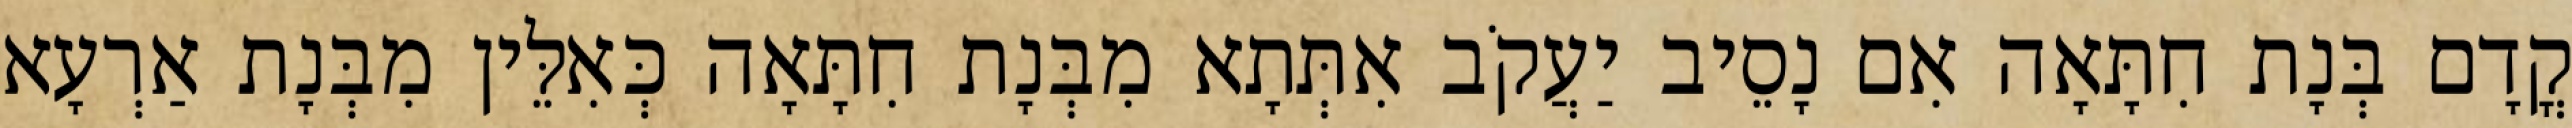
קֳדָם בְּנָת חִתָּאָה אִם נָסֵיב יַעֲקֹב אִתְּתָא מִבְּנָת חִתָּאָה כְּאִלֵּין מִבְּנָת אַרְעָא